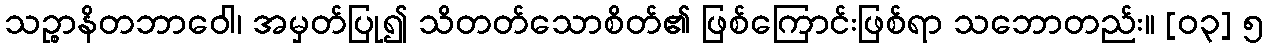
သဉ္စာနိတဘာဝေါ၊ အမှတ်ပြု၍ သိတတ်သောစိတ်၏ ဖြစ်ကြောင်းဖြစ်ရာ သဘောတည်း။ [၀၃] ၅